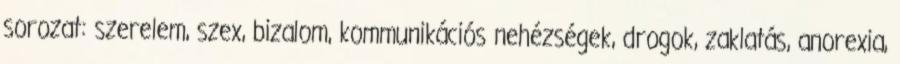
sorozat: szerelem, szex, bizalom, kommunikációs nehézségek, drogok, zaklatás, anorexia,